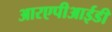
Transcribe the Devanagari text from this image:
आरएपीआईडी